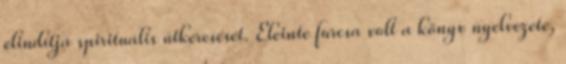
elindítja spirituális útkeresését. Eleinte furcsa volt a könyv nyelvezete,